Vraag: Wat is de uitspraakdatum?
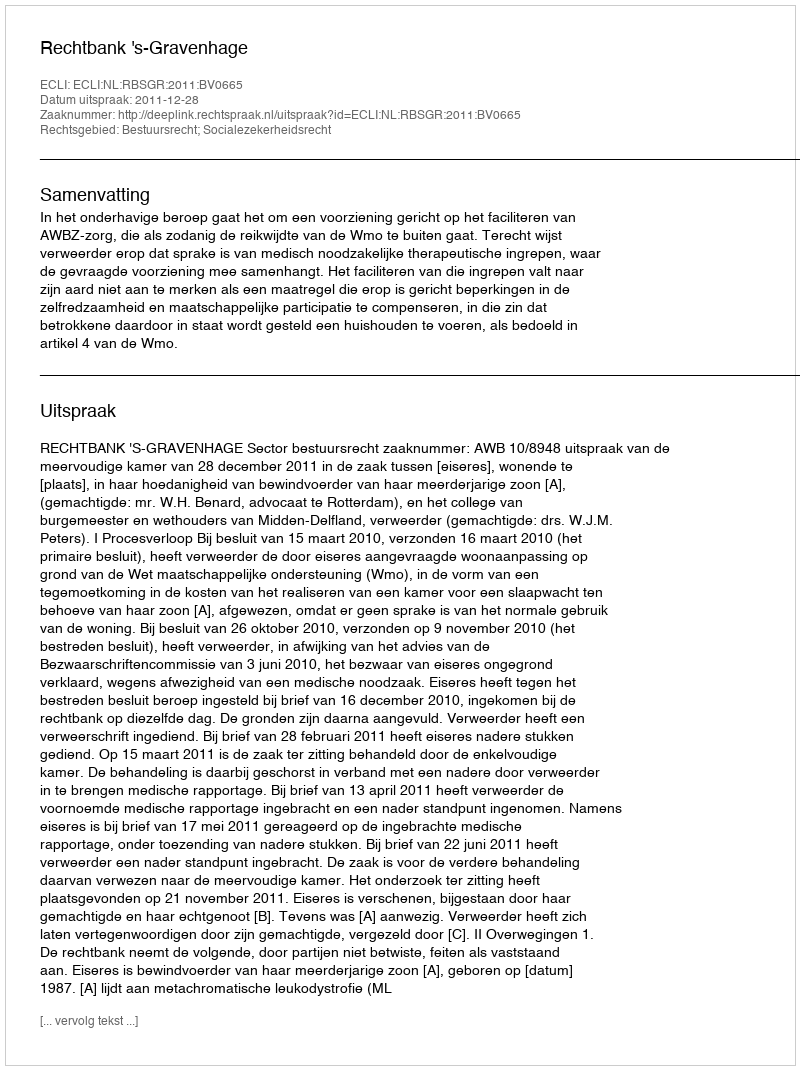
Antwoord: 2011-12-28